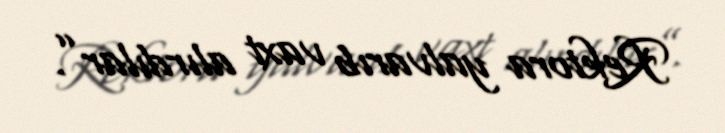
Rektora yalvarıb vaxt alırdılar”.